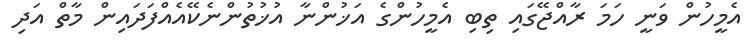
އެމީހުން ވަނީ ހަމަ ރާއްޖޭގައި ތިބި އެމީހުންގެ އަޚުންނާ އުޚުތުންނެކޭއެއްފަދައިން މާތް އަދި